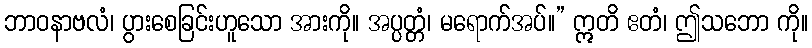
ဘာဝနာဗလံ၊ ပွားစေခြင်းဟူသော အားကို။ အပ္ပတ္တံ၊ မရောက်အပ်။” ဣတိ ဧတံ၊ ဤသဘော ကို။